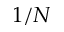
1 / N